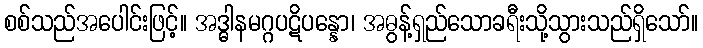
စစ်သည်အပေါင်းဖြင့်။ အဒ္ဓါနမဂ္ဂပဋိပန္နော၊ အဓွန့်ရှည်သောခရီးသို့သွားသည်ရှိသော်။